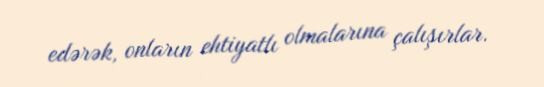
edərək, onların ehtiyatlı olmalarına çalışırlar.